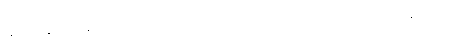
ဘော်ဆိုတဲ့ စကားလုံးကတော့ အခုခေတ်လည်း သုံးပါသေးတယ်။